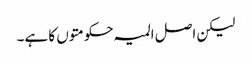
لیکن اصل المیہ حکومتوں کا ہے۔